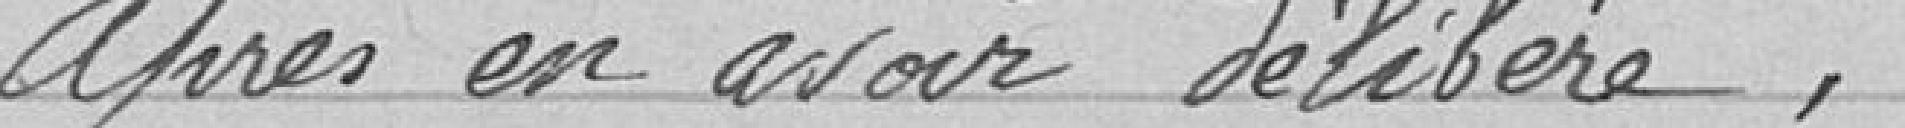
après en avoir délibéré,